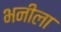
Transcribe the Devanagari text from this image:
भनीला